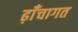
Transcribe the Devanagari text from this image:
ढ़ाँचागत